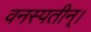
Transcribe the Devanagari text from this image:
वनस्पतीन्।